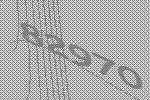
82970